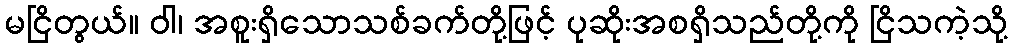
မငြိတွယ်။ ဝါ၊ အစူးရှိသောသစ်ခက်တို့ဖြင့် ပုဆိုးအစရှိသည်တို့ကို ငြိသကဲ့သို့